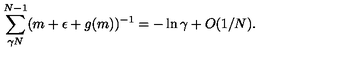
\sum _ { \gamma N } ^ { N - 1 } ( m + \epsilon + g ( m ) ) ^ { - 1 } = - \ln \gamma + O ( 1 / N ) .